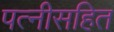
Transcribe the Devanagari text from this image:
पत्नीसहित